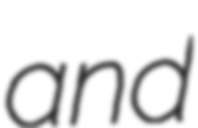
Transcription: and